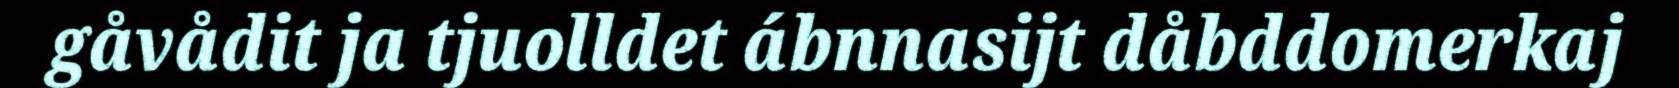
gåvådit ja tjuolldet ábnnasijt dåbddomerkaj